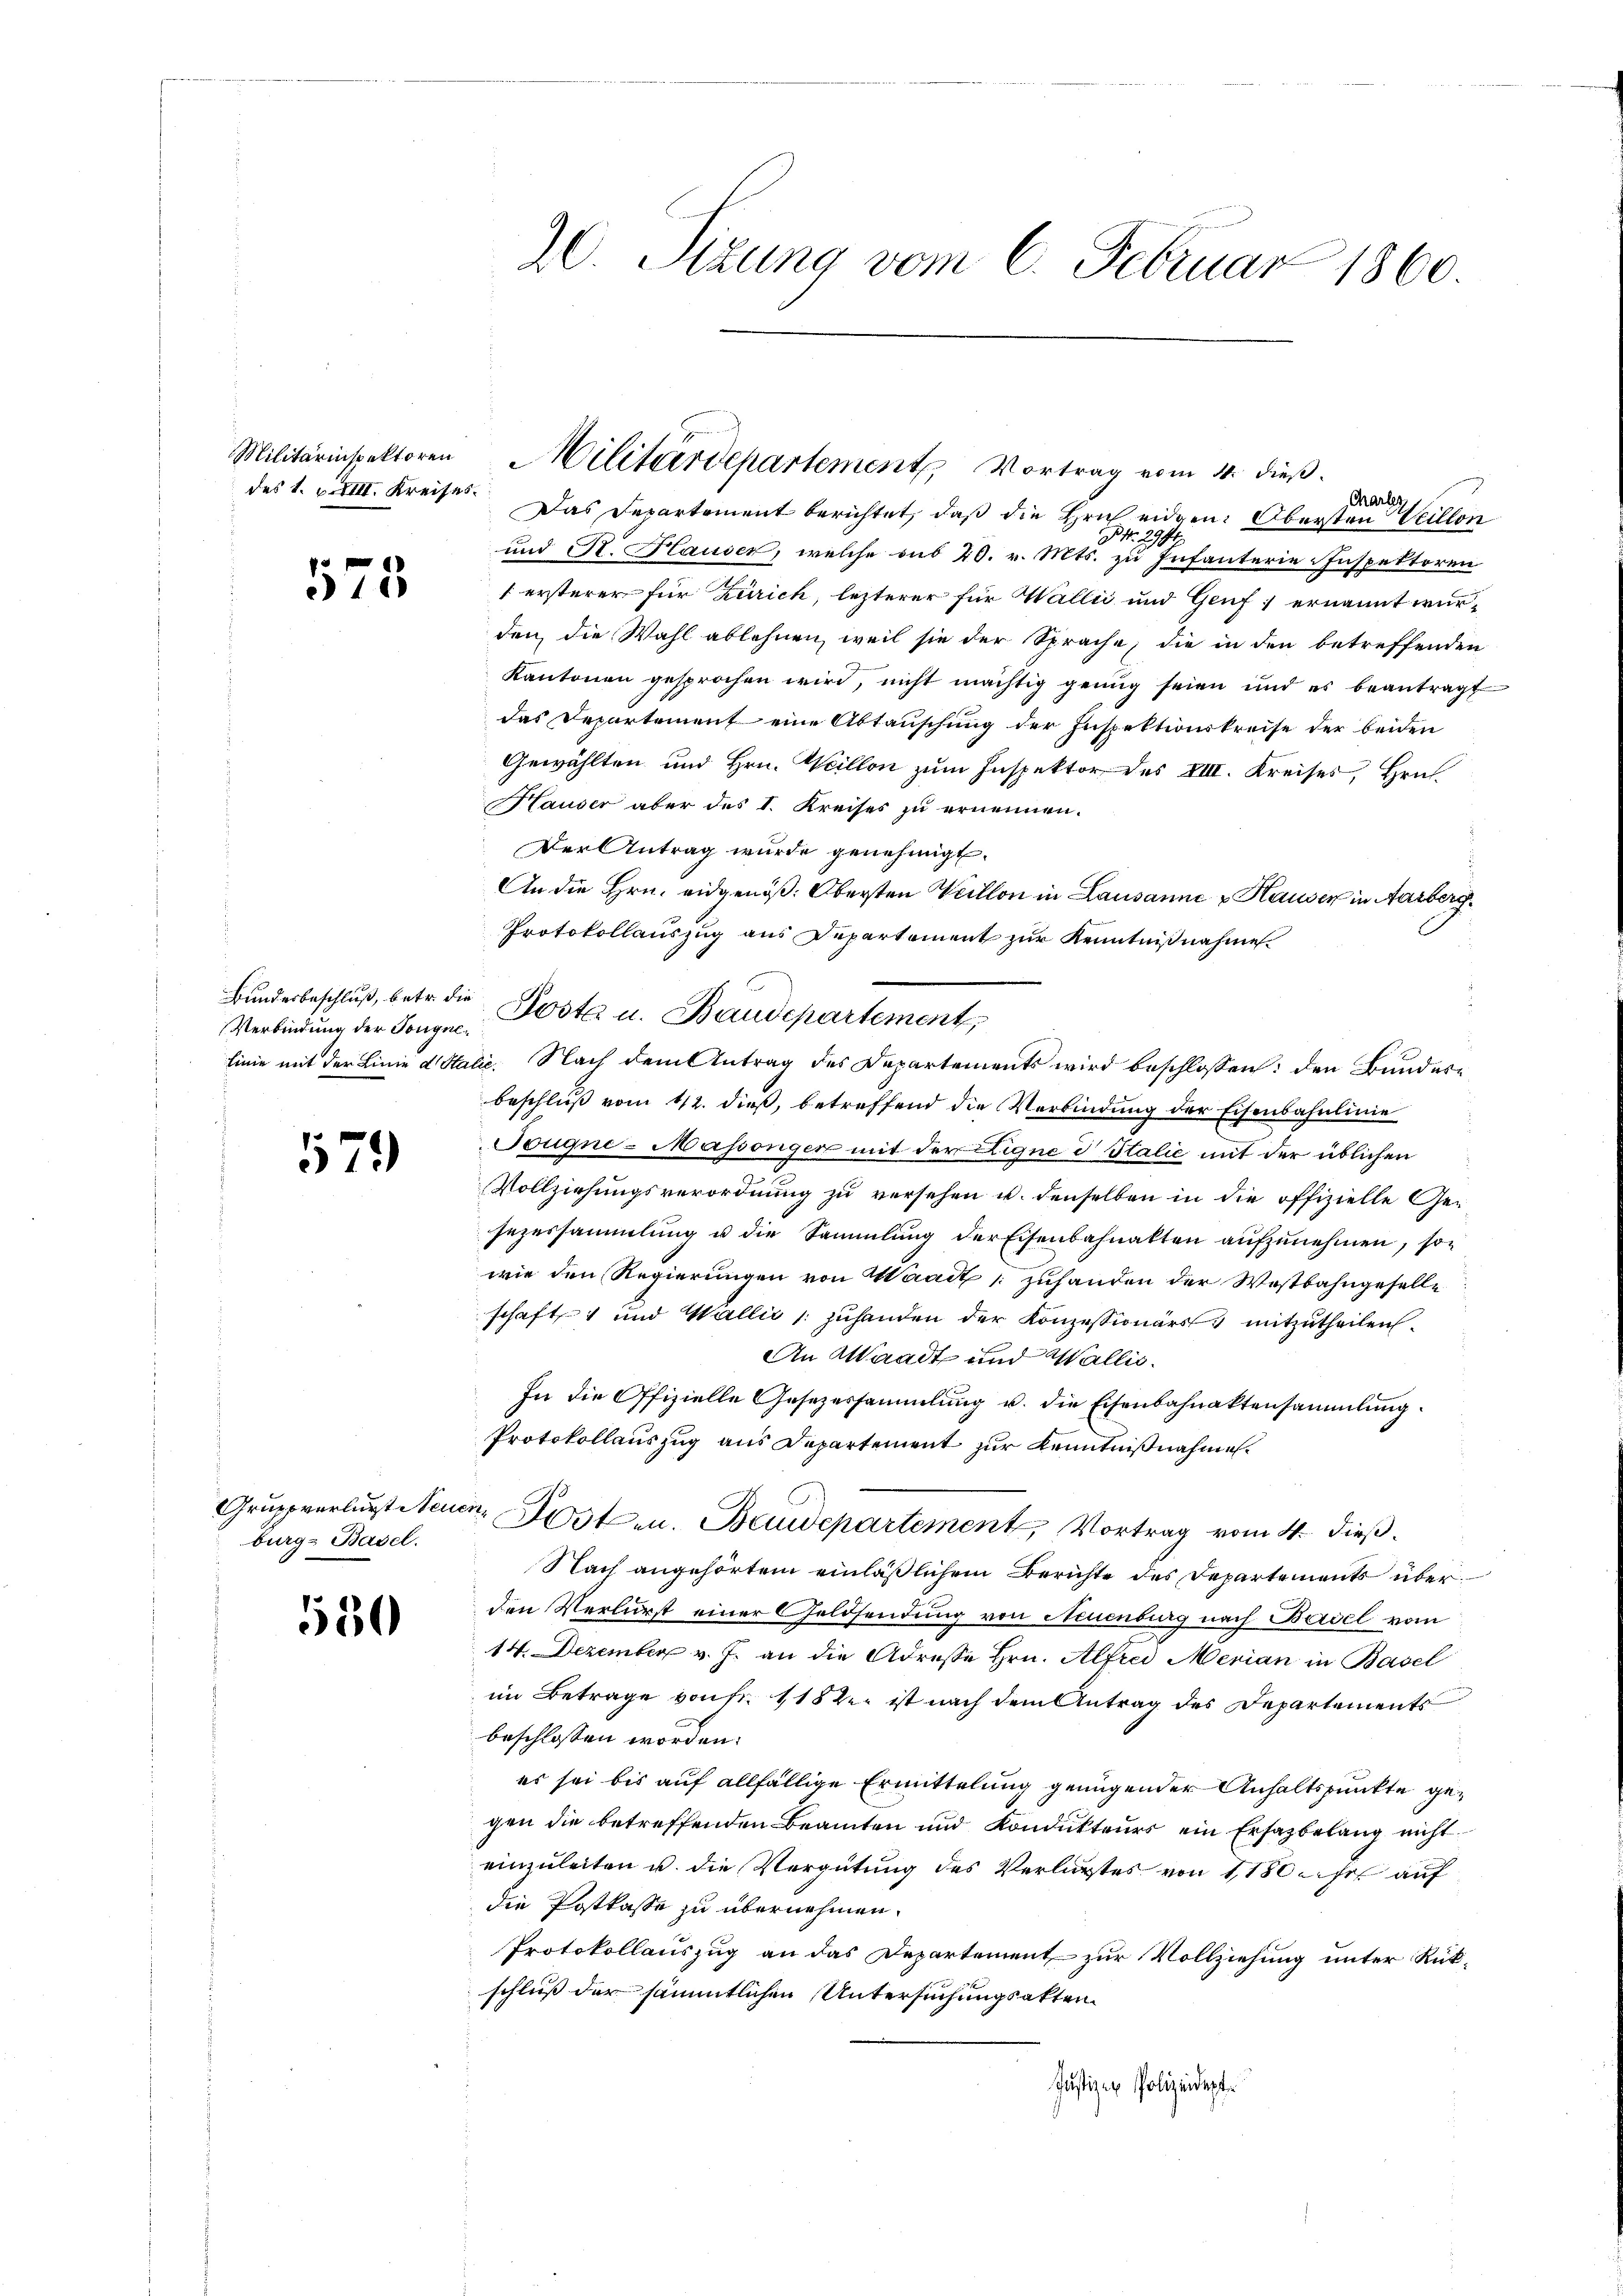
Militärinspektoren
des 1. III. Kreises.

573

Verbindung der Tongne¬

579)

burg, Basel.

550

20. Sizung vom 6. Februar 1860.

Charlez
Das Departement berichtet, daß die Zeich eidgen. Obersten Veillon
P. Nr. 2911
und A. Hauser, welche aus 20. v. Mts. zu Infanterie-Inspektoren
1 ersterer für Zürich, lezterer für Wallii und Genf ernannt wurden, die Wahl ablehnen, weil sie der Sprache, die in den betreffenden
Kantonen gesprochen wird, nicht mächtig genug seien und es beantragt
das Departement eine Abtauschung der Inspektionskreise der beiden
Gewählten und Hrn. Weillon zum Inspektor des VIII. Kreises, Hrn.
Hauser aber des I. Kreises zu ernennen.
Der Antrag wurde genehmigt.
An die Hrn. eidgenöß: Obersten Weillon in Lausanne & Hauser in Aarberg
Protokollauszug aus Departement zur Kenntnißnahme.
Bundesbeschlŭβ, betr. die Posta u. Baudepartement,
linie mit der Linie d Stalie. Nach dem Antrag des Departements wird beschlossen: den Bundesbeschluß vom 12. dieß, betreffend die Verbindung der Eisenbahnlinie
Sougne-Masönger mit der Eigne d Italić mit der üblichen
Vollziehungsverordnung zu versehen u. denselben in die offizielle Gesezessammlung u die Sammlung der Eisenbahnalten aufzunehmen, son
wie den Regierungen von Waadt zuhanden der Westbahngeselle
schaft und Wallić / zŭhanden der Konzessionärs mitzutheilen.
An Waadt und Wallis.
In die Offizielle Gesezessammlung u. die Eisenbahnaktensammlung.
Protokollauszug aus Departement zur Kenntnißnahme
Gruppverlurst Steuer Posten. Baudepartement, Vortrag vom 4. dieß.
Nach angehörtem einläßlichem Berichte des Departements überden Verlurst einer Geldsendung von Neuenburg nach Basel vom
14. Dezember v. J. an die Adresse Hrn. Alfrei Merian in Basel
im Betrage von fr. 1182. ist nach dem Antrag des Departements
beschlossen worden.
es sei bis auf allfällige Ermittelung genügender Anhaltspunkte gegen die betreffenden Beamten und Kondukteurs ein Ersazbelang nicht
einzuleiten u. die Vergütung des Verlurstes von 1,180 her auf
die Postkasse zu übernehmen.
Protokollauszug an das Departement zur Vollziehung unter Rükschluß der sämmtlichen Untersuchungsakten.
Justizen Polizeidept

Militärdepartement Vortrag vom 4. dieß.